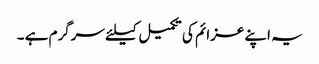
یہ اپنے عزائم کی تکمیل کیلئے سرگرم ہے ۔